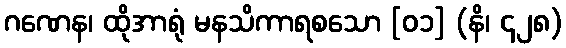
ဂဏေန၊ ထိုအာရုံ မနသိကာရစသော [၀၁] (နိ၊ ၄၂၈)